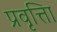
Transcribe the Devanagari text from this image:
प्रवृत्तिा